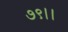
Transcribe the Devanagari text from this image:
७९।।